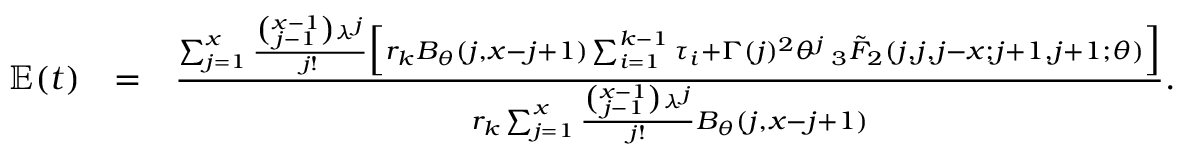
\begin{array} { r l r } { \mathbb { E } ( t ) } & { = } & { \frac { \sum _ { j = 1 } ^ { x } \frac { \binom { x - 1 } { j - 1 } \lambda ^ { j } } { j ! } \Big [ r _ { k } B _ { \theta } ( j , x - j + 1 ) \sum _ { i = 1 } ^ { k - 1 } \tau _ { i } + \Gamma ( j ) ^ { 2 } { \theta } ^ { j } \: _ { 3 } \tilde { F } _ { 2 } ( j , j , j - x ; j + 1 , j + 1 ; \theta ) \Big ] } { r _ { k } \sum _ { j = 1 } ^ { x } \frac { \binom { x - 1 } { j - 1 } \lambda ^ { j } } { j ! } B _ { \theta } ( j , x - j + 1 ) } . } \end{array}